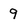
Character: 9